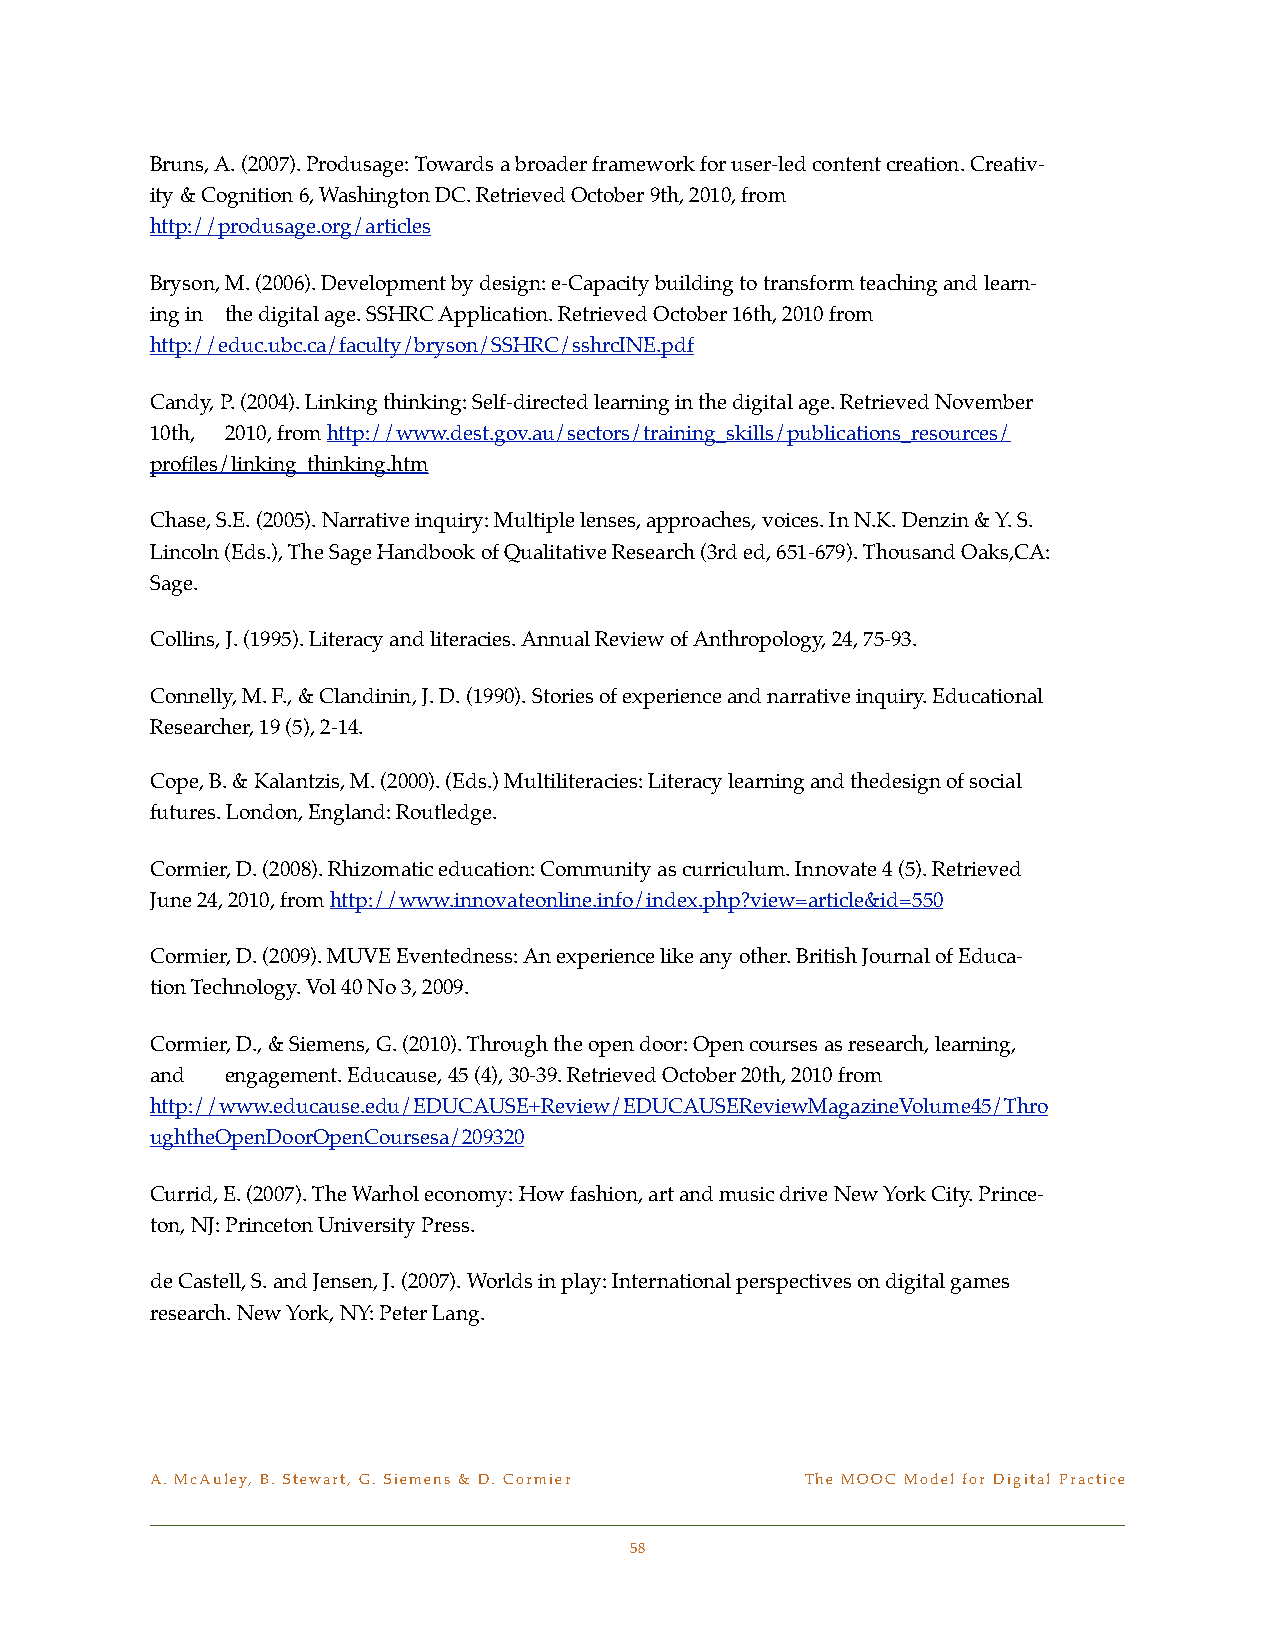
Bruns, A. (2007). Produsage: Towards a broader framework for user-led content creation. Creativ-
 ity & Cognition 6, Washington DC. Retrieved October 9th, 2010, from
 http://produsage.org/articles
 Bryson, M. (2006). Development by design: e-Capacity building to transform teaching and learn-
 ing in ! the digital age. SSHRC Application. Retrieved October 16th, 2010 from !
 http://educ.ubc.ca/faculty/bryson/SSHRC/sshrcINE.pdf
 Candy, P. (2004). Linking thinking: Self-directed learning in the digital age. Retrieved November
 10th, ! 2010, from http://www.dest.gov.au/sectors/training_skills/publications_resources/ !
 profiles/linking_thinking.htm
 Chase, S.E. (2005). Narrative inquiry: Multiple lenses, approaches, voices. In N.K. Denzin & Y. S. !
 Lincoln (Eds.), The Sage Handbook of Qualitative Research (3rd ed, 651-679). Thousand Oaks,CA:
 Sage.
 Collins, J. (1995). Literacy and literacies. Annual Review of Anthropology, 24, 75-93.
 Connelly, M. F., & Clandinin, J. D. (1990). Stories of experience and narrative inquiry. Educational
 Researcher, 19 (5), 2-14.
 Cope, B. & Kalantzis, M. (2000). (Eds.) Multiliteracies: Literacy learning and thedesign of social
 futures. London, England: Routledge.
 Cormier, D. (2008). Rhizomatic education: Community as curriculum. Innovate 4 (5). Retrieved
 June 24, 2010, from http://www.innovateonline.info/index.php?view=article&id=550
 Cormier, D. (2009). MUVE Eventedness: An experience like any other. British Journal of Educa-
 tion Technology. Vol 40 No 3, 2009.
 Cormier, D., & Siemens, G. (2010). Through the open door: Open courses as research, learning,
 and ! engagement. Educause, 45 (4), 30-39. Retrieved October 20th, 2010 from
 http://www.educause.edu/EDUCAUSE+Review/EDUCAUSEReviewMagazineVolume45/Thro
 ughtheOpenDoorOpenCoursesa/209320
 Currid, E. (2007). The Warhol economy: How fashion, art and music drive New York City. Prince-
 ton, NJ: Princeton University Press.
 de Castell, S. and Jensen, J. (2007). Worlds in play: International perspectives on digital games
 research. New York, NY: Peter Lang.
 A. McAuley, B. Stewart, G. Siemens & D. Cormier! The MOOC Model for Digital Practice
 58